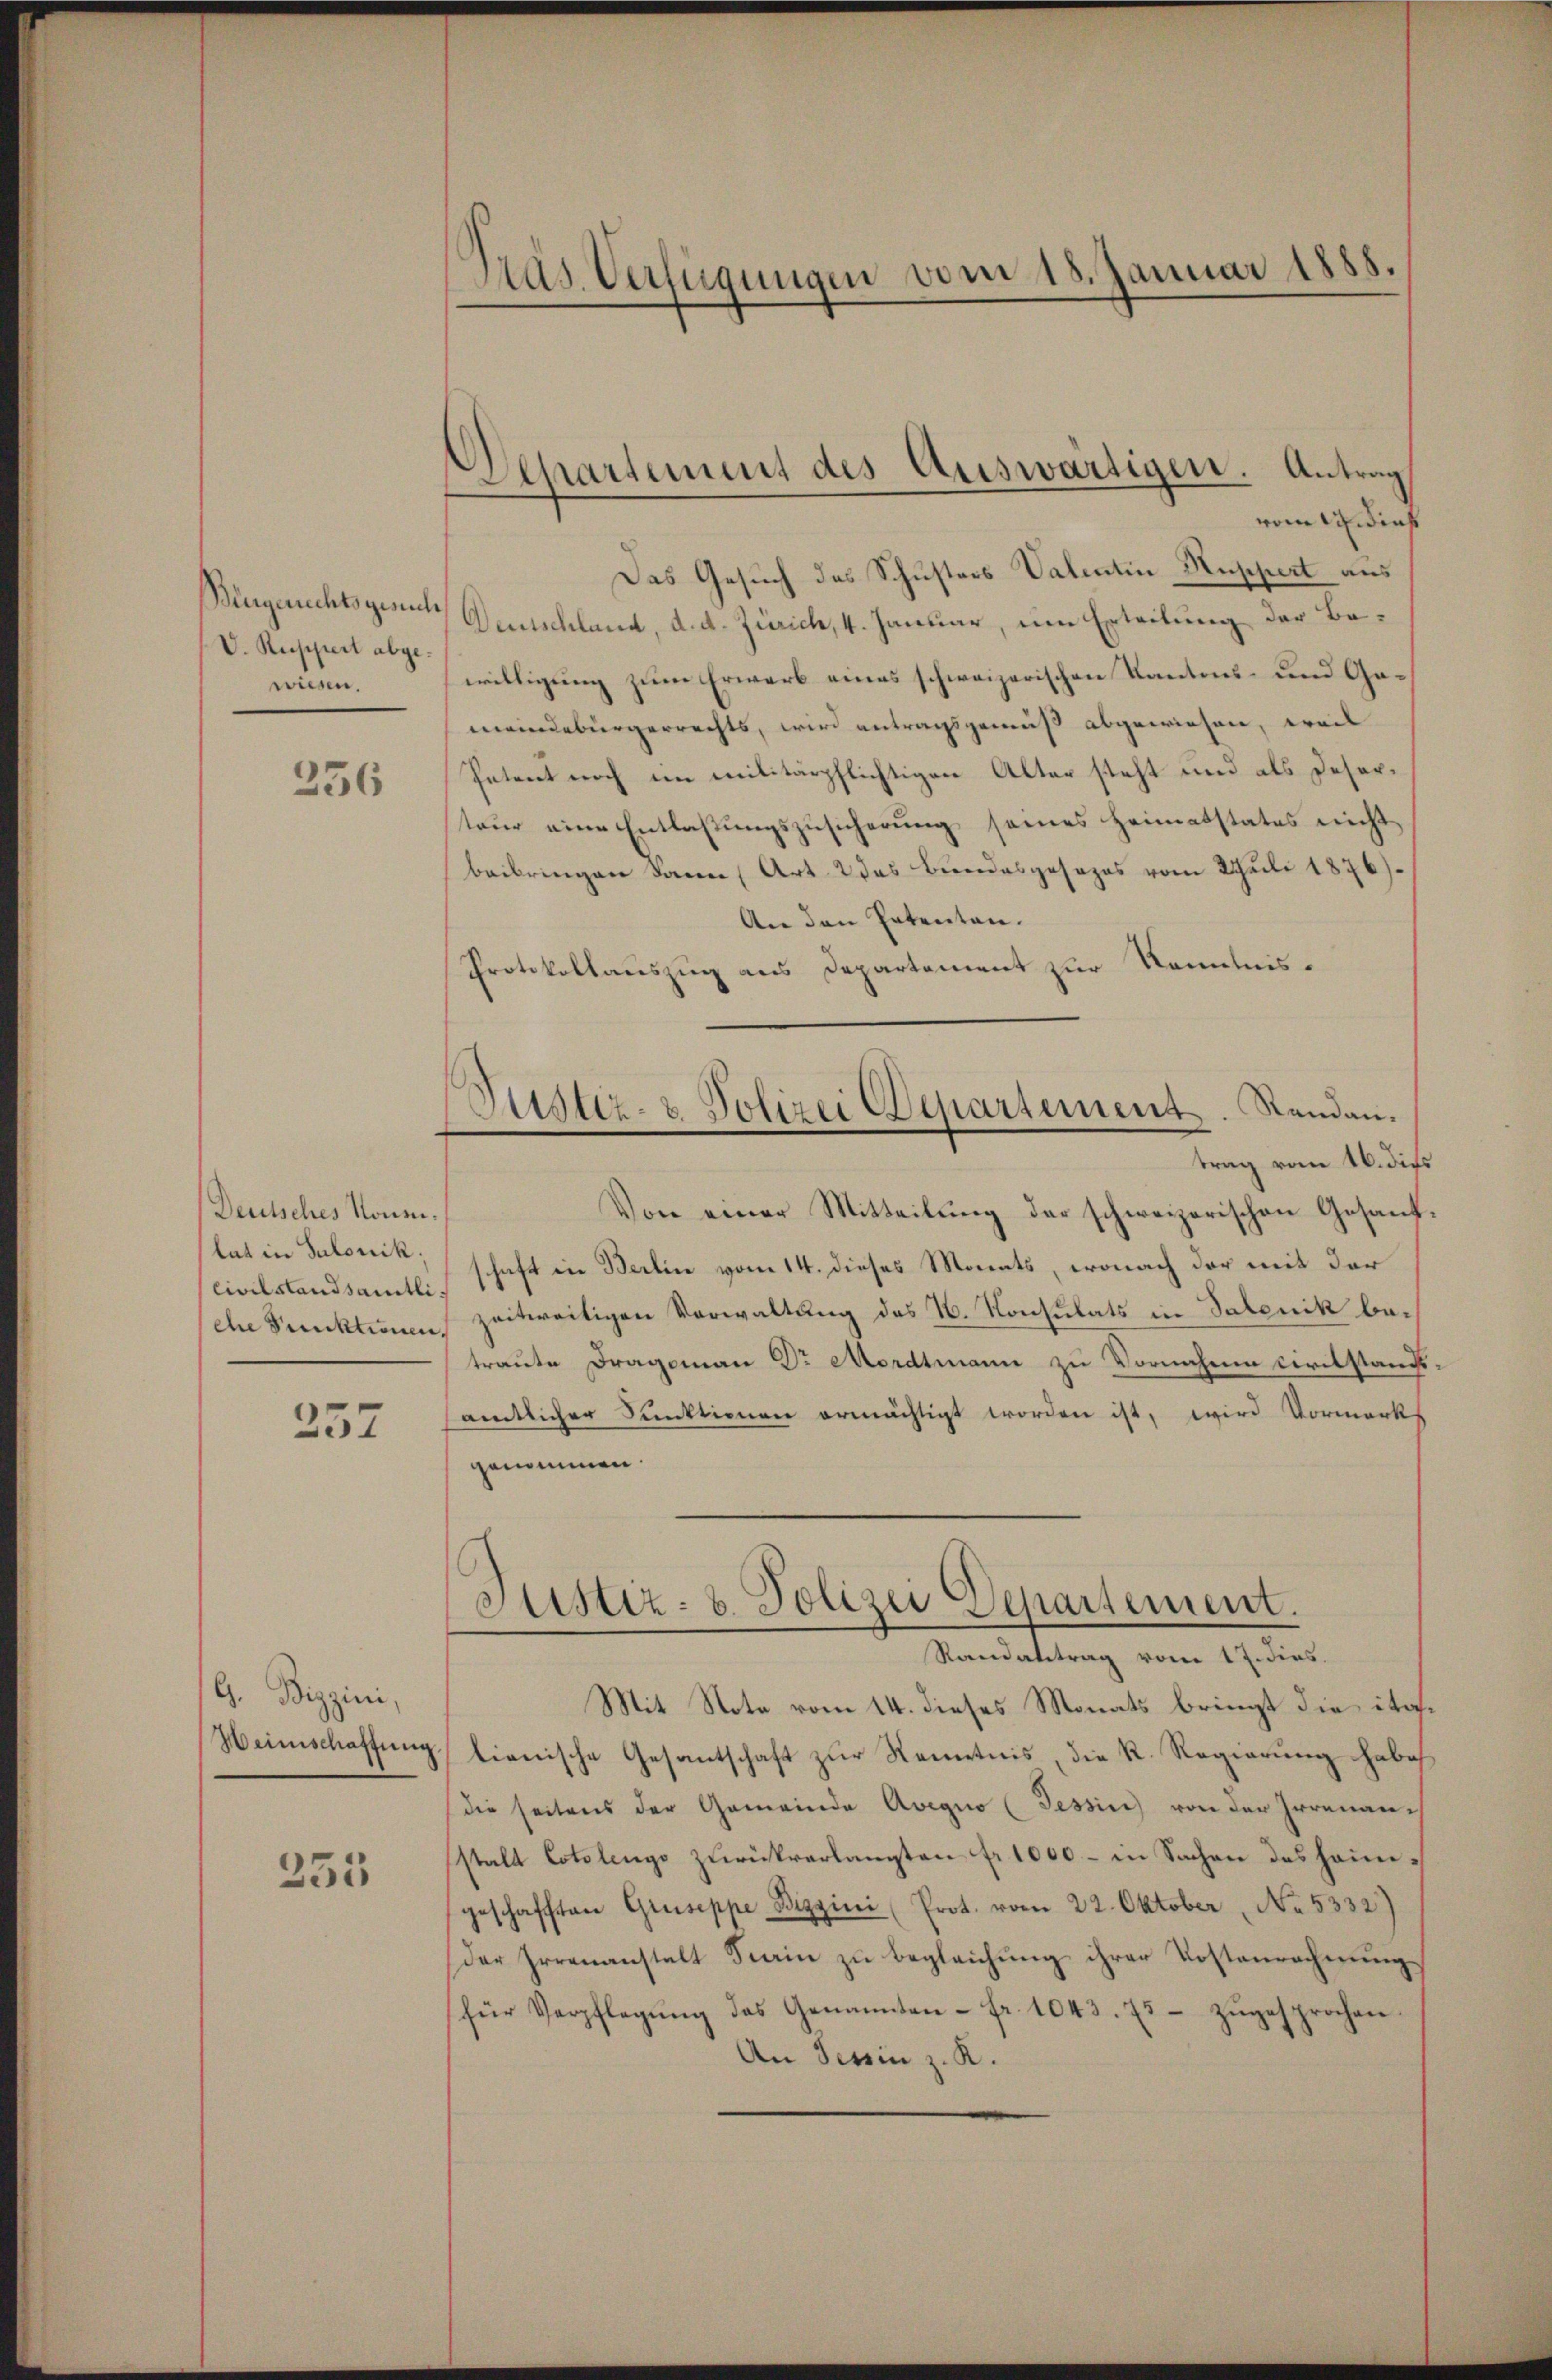
Bürgerichtsgesuch
V. Ruppiert abgewiesen.

256

Deutsches Kommilat in Salonik;
Civilstandsämtli
che Punktionen,

257

G. Bizzini,
Weinschaffung.

255

Pas. Verfügungen vom 18. Januar 1888.

Aepartement des Auswärtigen. Antrag
vom 14. dies

Das Gesuch des Schusters Valentin Kuppert aus
Deutschland, d. d. Zürich, 4. Januar, um Erteilung der Bewilligung zum Erwarb eines schweizerischen Kantons- und Gameindebürgerrechts, wird antragsgemäß abgewiesen, weil
Petent noch im militärpflichtigen Alter steht und als Deserteŭr eine Entlaβŭngszŭsicherŭng seines Heimatstates nicht
beibringen dann Art. 2 des Bundesgesezes vom Juli 1876).
An den Patenten.
Protokollauszug aus Departement zur Kenntnistrag vom 16. dies
Von einer Mitteilŭng der schweizerischen Gesand
schaft in Berlin vom 14. dieses Monats, wonach der mit der
zeitweitigen Verwaltung des N. Konsulats in Salenik betraute Dragoman Dr. Mordtmann zu Vornahme Civilstands
samtlicher Funktionen ermächtigt worden ist, wird Vormerk
genommen
Justiz- u. Polizei Departement.
Randabtrag vom 17. dies.
Mit Note vom 14. dieses Monats bringt die ita
lianische Gesantschaft zur Kenntnis, die R. Regierung habe
(die seitens der Gemeinde Avegno (Tessin von der Irrenanstalt Cotolengo zurückverlangten fr. 1000.- in Sachen des heimgeschafften Gruseppe Biggini (Prot. vom 22. Oktober No. 5332)
der Irrenanstalt Frain zŭ begleichŭng ihrer Kostenrechnŭng
für Verpflegŭng das Genannten - Fr. 1043. 75 zŭgesprochen.
An Tessin z. R.

Pustiz- & Polizei Departement. Randan¬